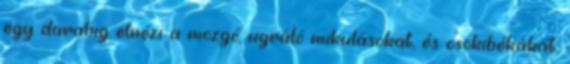
egy darabig elnézi a mozgó, ugráló mikulásokat, és csokibékákat.